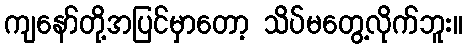
ကျနော်တို့အပြင်မှာတော့ သိပ်မတွေ့လိုက်ဘူး။